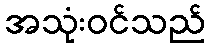
အသုံးဝင်သည်